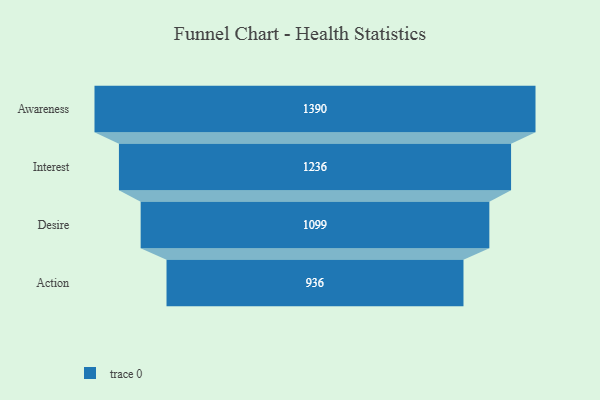
{"axis": {"x": "Stage", "y": "Value"}, "legend": [""], "data": [{"x": "Awareness", "y": 1390.0, "type": ""}, {"x": "Interest", "y": 1236.0, "type": ""}, {"x": "Desire", "y": 1099.0, "type": ""}, {"x": "Action", "y": 936.0, "type": ""}]}